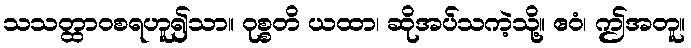
သသတ္ထာဝစရဟူ၍သာ။ ဝုစ္စတိ ယထာ၊ ဆိုအပ်သကဲ့သို့။ ဧဝံ၊ ဤအတူ။